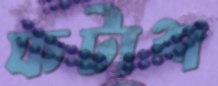
ফটাশ